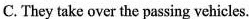
C.They take over the passing vehicles.